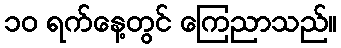
၁၀ ရက်နေ့တွင် ကြေညာသည်။